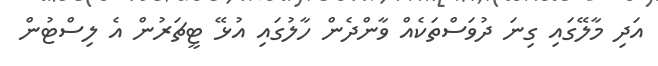
އަދި މާލޭގައި ގިނަ ދުވަސްތަކެއް ވާންދެން ހާލުގައި އުޅޭ ޓީޗަރުން އެ ލިސްޓުން